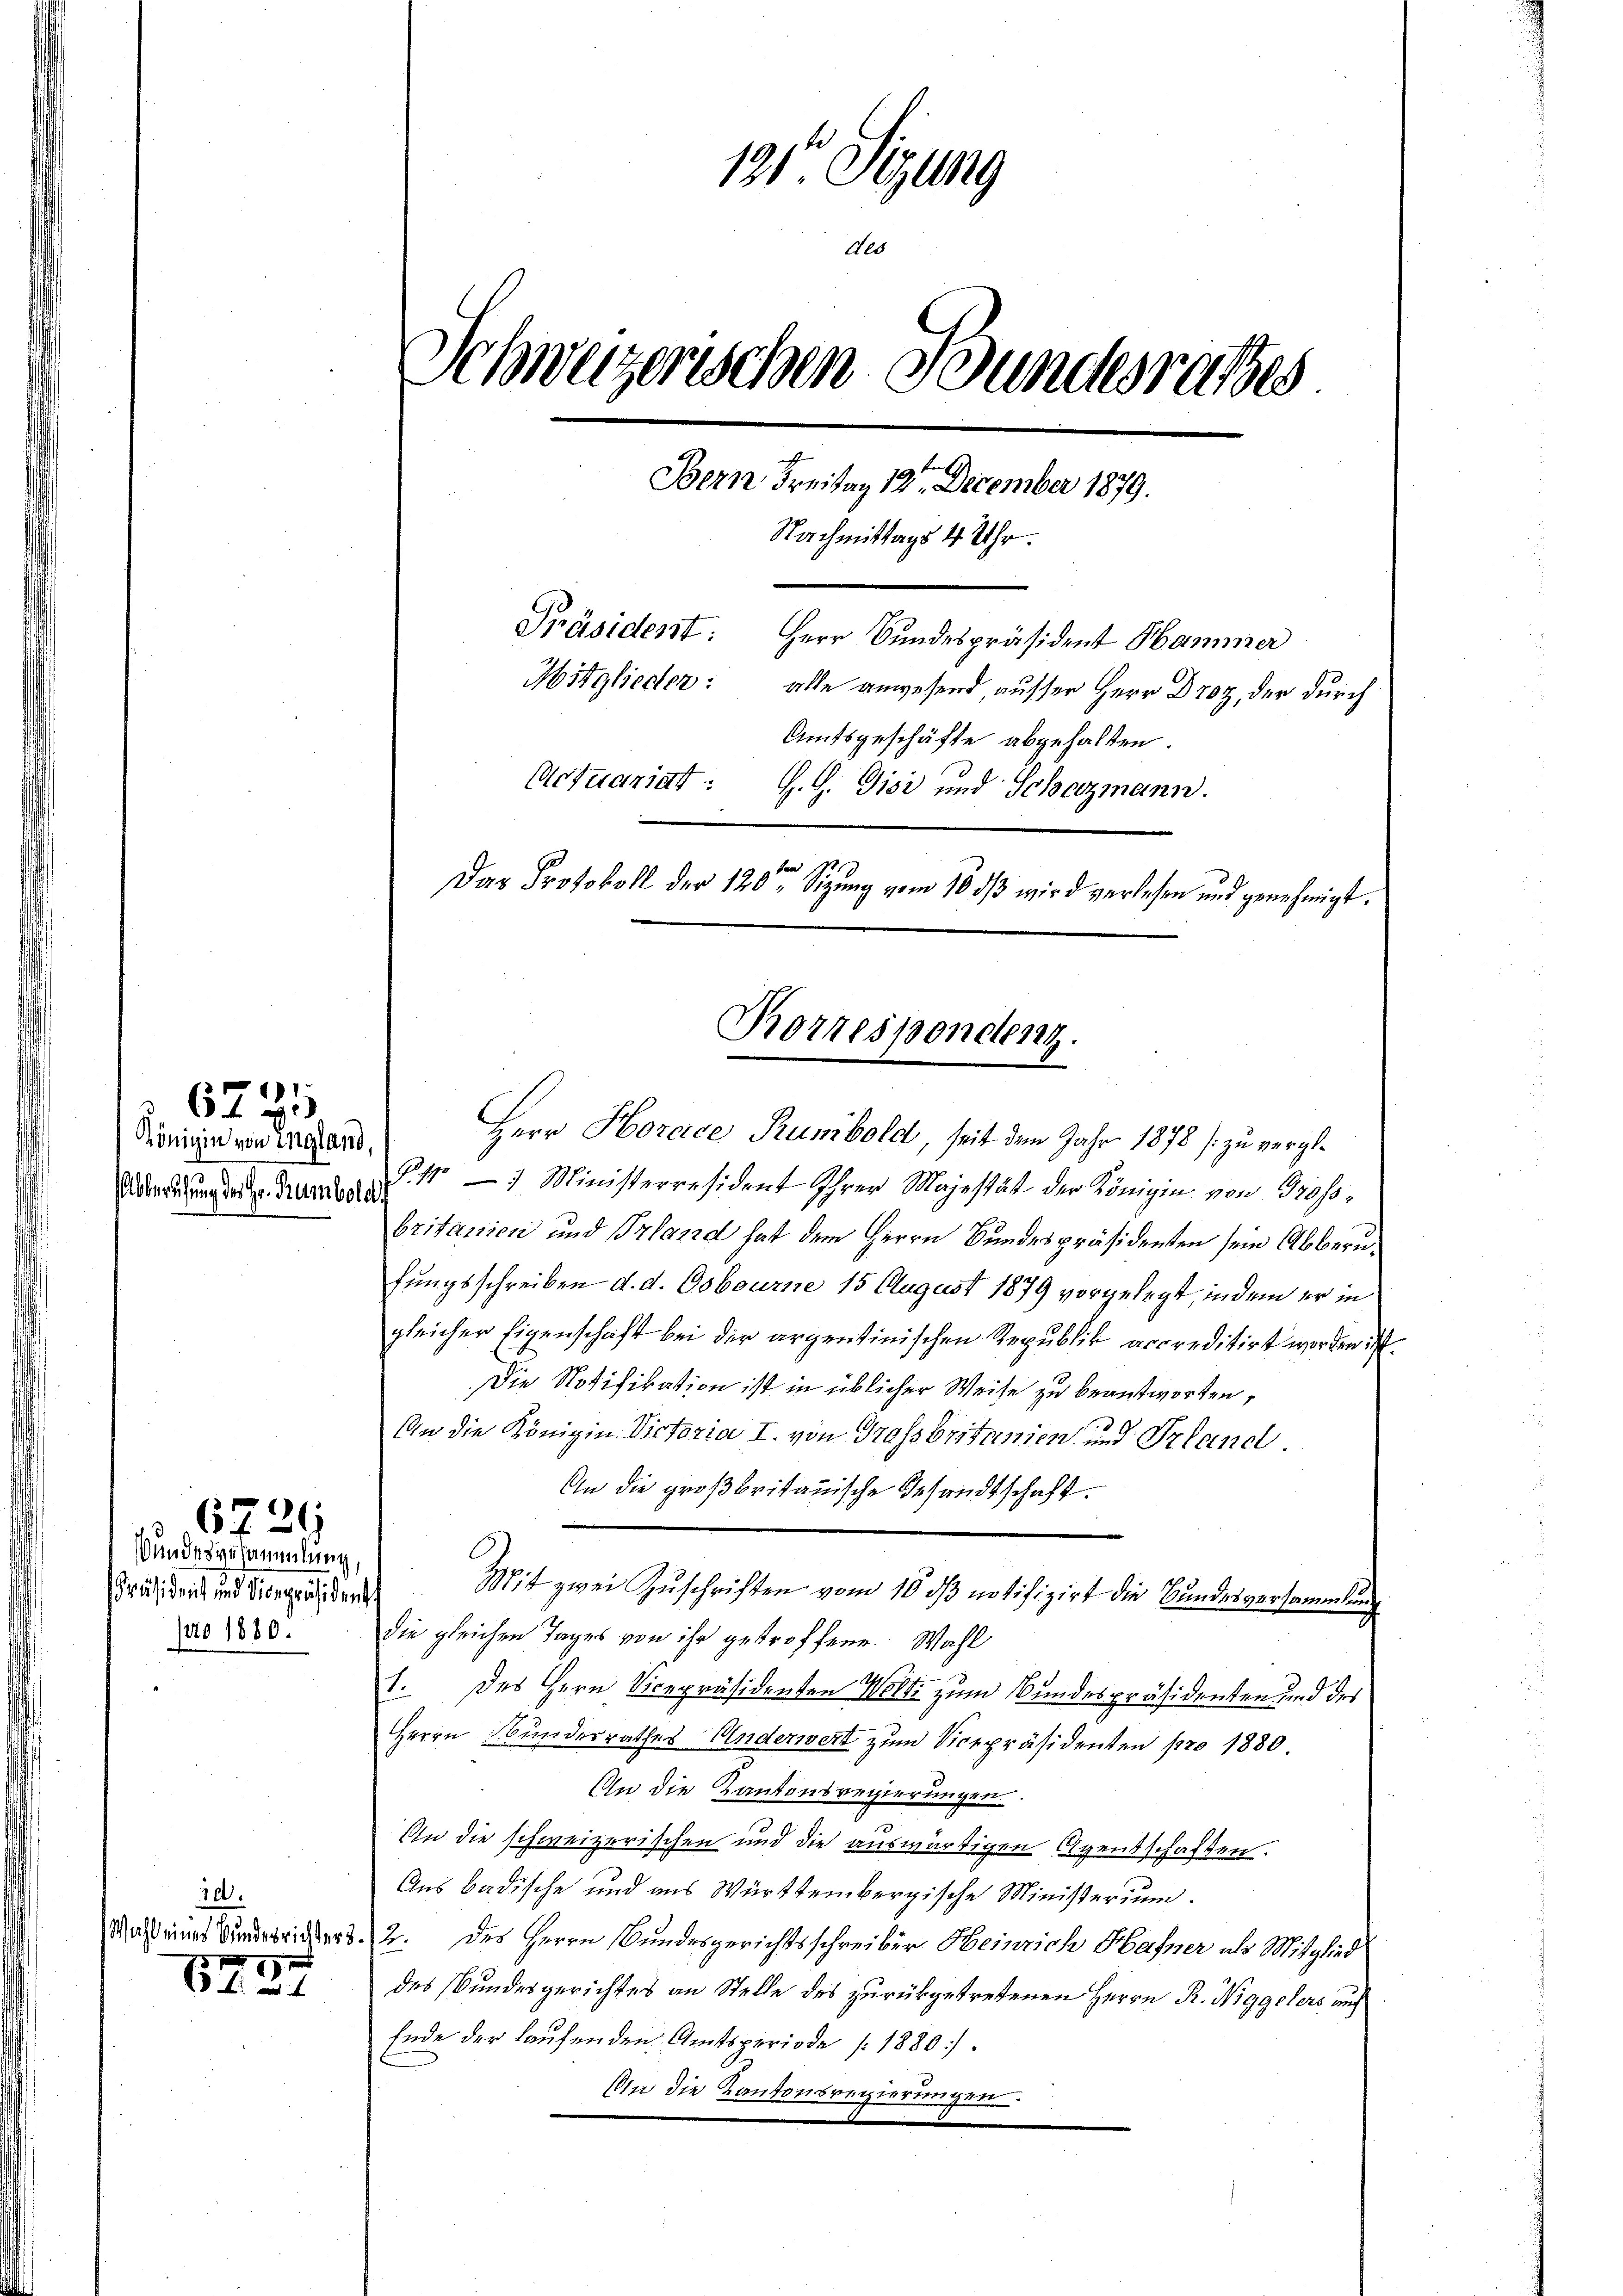
Königin von ingland,
Abberufung der Gr. Rumbold

6285

Wundesgesammlung,
Präsident und Vicepräsident
pro 1880.

6729

20.
Wahl einer Bundesrichter 3.

6434

191te Sigung
des
Schweizerischen Bundesrathes
Bern Freitag 12. December 1879.
Nachmittags 4 Uhr.
Präsident: Herr Bundespräsident Hammer
Mitglieder: alle anwesend ausser Herr Droz, der durch
Amtsgeschäfte abgehalten
Actuariat : G.G. Gisi und Schazmann.
Das Protokoll der 120ten Sitzung vom 18 dß wird verlesen und genehmigt.

Korrespendent.

Herr Horace Rumbold, seit dem Jahr 1878 / zu vergl.
P. 10 Ministerresident Ihrer Majestät der Königin von Gross
britanien und Prand hat dem Herrn Bundespräsidenten sein Albernfungsschreiben d. d. Osbourne 15 August 1879 vorgelegt, indem er in
gleicher Eigenschaft bei der argentinischen Republik arcreditirt worden ist.
Die Notifikation ist in üblicher Weise zu beantworten,
An die Königin Victoria I. von Grassbritanien und Prland
An die großbritanische Gesandtschaft.
Mit zwei Zuschriften vom 10. dβ notifizirt die Bundesversammlung
die gleichen Tages von ihr getroffene Wahl
1. Des Herr Vicepräsidenten Wolti zum Bundespräsidenten und des
Herrn Bundesrathes Anderwert zum Vicepräsidenten pro 1880.
In die Kantonsregierungen.
An die schweizerischen und die auswärtigen Agentschaften.
Aus badische und aus Württembergische Ministerium.
2. des Herrn Bundesgerichtsschreiber Heinrich Hafner als Mitglied
des Bundesgerichtes an Stelle des zurückgetretenen Herrn R. Niggelers auf
Ende der laufenden Amtsperiode (1880.
Ain die Kantonsregierungen